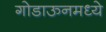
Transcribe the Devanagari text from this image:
गोडाऊनमध्ये